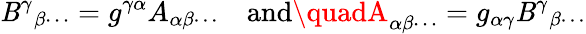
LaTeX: \mathit{B}^{\gamma}{}_{\beta\cdots}=g^{\gamma\alpha}A_{\alpha\beta\cdots}\quad{\mathrm{{and}}}\quadA_{\alpha\beta\cdots}=g_{\alpha\gamma}\mathit{B}^{\gamma}{}_{\beta\cdots}